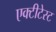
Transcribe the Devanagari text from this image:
एक्टीटेस्ट